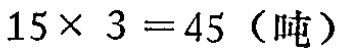
\(15\times 3 = 45 \text{（吨）}\)